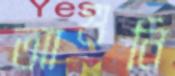
আগুনি